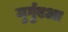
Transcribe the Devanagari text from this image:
मुर्गुएआ